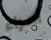
أمراء